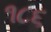
૧૮૬